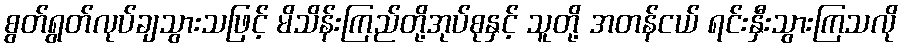
စွတ်ရွတ်လုပ်ချသွားသဖြင့် မိသိန်းကြည်တို့အုပ်စုနှင့် သူတို့ အတန်ငယ် ရင်းနှီးသွားကြသလို